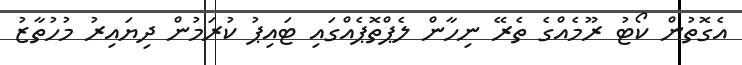
އެގޮތުން ކޯޓު ރޫމެއްގެ ތެރޭ ނިހާން ލެޕްތޮޕެއްގައި ޓައިޕު ކުރަމުން ދިޔައިރު މުހުތާޒު